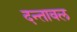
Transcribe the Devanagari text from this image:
दन्तावल